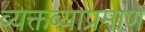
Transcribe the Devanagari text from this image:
व्यक्तव्याप्रमाणे